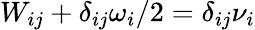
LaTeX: {W}_{ij}+\delta_{ij}\omega_{i}/2=\delta_{ij}\nu_{i}